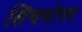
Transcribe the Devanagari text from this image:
सिंचनोत्तर